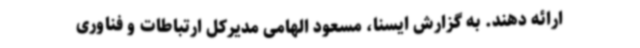
ارائه دهند. به گزارش ایسنا، مسعود الهامی مدیرکل ارتباطات و فناوری